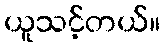
ယူသင့်တယ်။